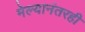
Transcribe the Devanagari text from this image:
मेल्यानंतरही